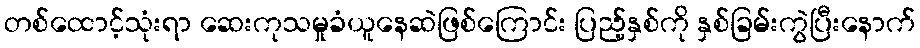
တစ်ထောင့်သုံးရာ ဆေးကုသမှုခံယူနေဆဲဖြစ်ကြောင်း ပြည့်နှစ်ကို နှစ်ခြမ်းကွဲပြီးနောက်